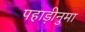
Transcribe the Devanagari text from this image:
पहाड़ीनुमा